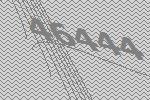
46444